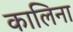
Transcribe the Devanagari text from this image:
कालिना